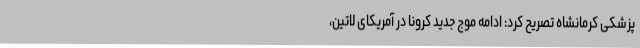
پزشکی کرمانشاه تصریح کرد: ادامه موج جدید کرونا در آمریکای لاتین،